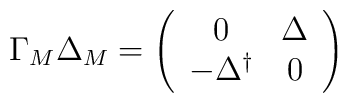
\Gamma_M\Delta_M=\left(\begin{array}{cc} 0 & \Delta \\ -\Delta^{\dagger} & 0 \end{array}\right)